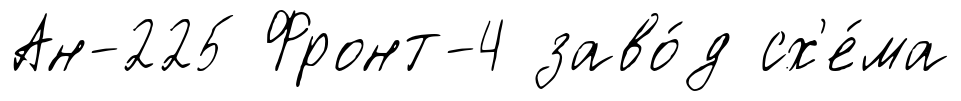
Ан-225 Фронт-4 заво́д сх'е́ма